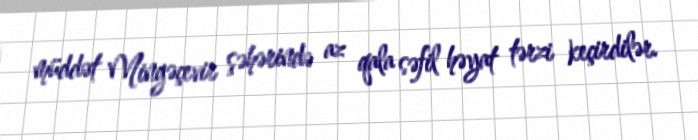
müddət Mingəçevir şəhərində az qala səfil həyat tərzi keçirdilər.